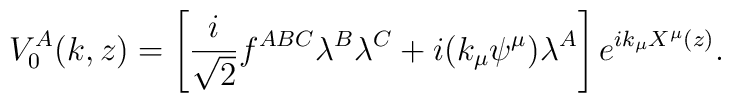
V^{A}_{0}(k,z)= \left[ \frac{i}{\sqrt{2}}f^{ABC}\lambda^{B}\lambda^{C}+i(k_{\mu}\psi^{\mu})\lambda^{A}\right] e^{ik_{\mu}X^{\mu}(z)}.